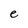
Character: e